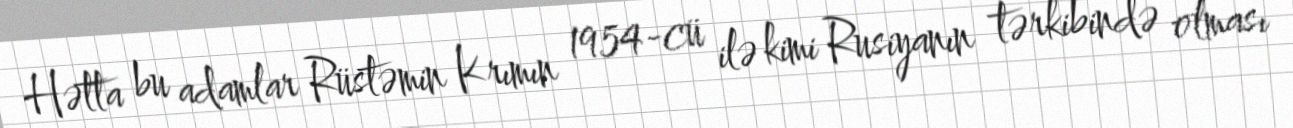
Hətta bu adamlar Rüstəmin Krımın 1954-cü ilə kimi Rusiyanın tərkibində olması